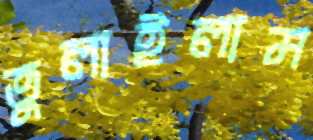
তুলাইলাম